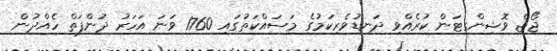
ޖޯޖް ވޮޝިންގޓަން ކުރެއްވި ދަނޑުވެރިކަމުގެ މަސައްކަތުގައި 1760 ވަނަ އަހަރު ދުންފަތް ހެއްދުން